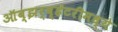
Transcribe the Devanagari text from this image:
ऑब्झर्व्हेटरीमध्ये